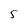
Character: 5